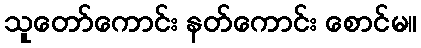
သူတော်ကောင်း နတ်ကောင်း စောင်မ။